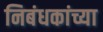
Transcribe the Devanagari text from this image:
निबंधकांच्या